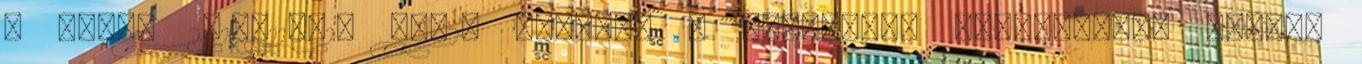
a taní. 2018.11.01. 09:29 Ahogyan a szervezet "TÉNYEKRŐL" beszél